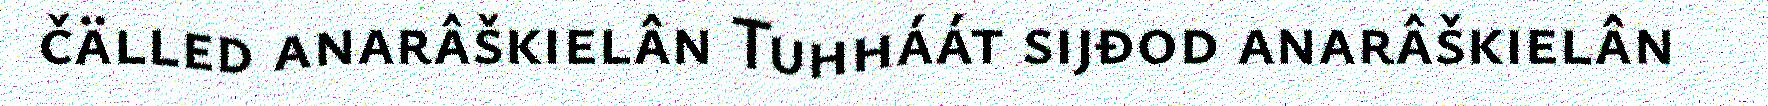
čälled anarâškielân Tuhháát sijđod anarâškielân